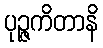
ပုဉ္ဇကိတာနိ